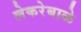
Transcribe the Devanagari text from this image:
लेकरेबाळे